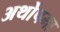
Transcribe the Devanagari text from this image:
अर्थोपमा